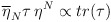
\begin{align*}\overline{\eta }_{N}\tau \: \eta ^{N}\propto tr(\tau )\end{align*}